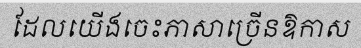
ដែលយើងចេះភាសាច្រើនឱកាស